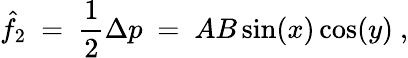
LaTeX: \hat{f}_{2}\ =\ \frac 12\Delta p\ =\ AB\sin(x)\cos(y)~,